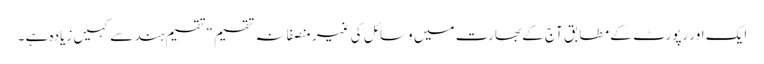
ایک اور رپورٹ کے مطابق آج کے بھارت میں وسائل کی غیر منصفانہ تقسیم “تقسیم ہند سے کہیں زیادہ ہے ۔